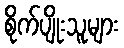
စိုက်ပျိုးသူများ